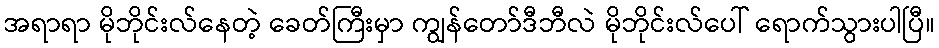
အရာရာ မိုဘိုင်းလ်နေတဲ့ ခေတ်ကြီးမှာ ကျွန်တော်ဒီဘီလဲ မိုဘိုင်းလ်ပေါ် ရောက်သွားပါပြီ။